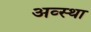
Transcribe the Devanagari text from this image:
अव्स्था